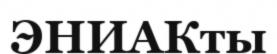
ЭНИАКты